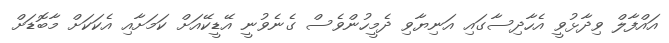
އައްފާލް ވިދާޅުވީ އެހާދިސާގައި އަނިޔާވި ދެމީހުންވެސް ގެނެވުނީ އޭޑީކޭއަށް ކަމަށާއި އެކަކަށް މާބޮޑަށް